system: You are a helpful assistant.
user:
Analyze the provided spectrum to determine if it is a **White Dwarf (WD)**.

A White Dwarf spectrum is defined by its **extreme purity** (due to gravitational settling) and/or **extreme pressure broadening** (due to high surface gravity). You must check for one of the following mutually exclusive signatures:

- **Key Visual Indicators (Check for ONE of these types):**

    - **1. DA-Type Signature (Most Common):**
        - **(Primary Feature):** Extreme pressure broadening (Stark broadening) of the **Hydrogen (H) Balmer lines**.
        - **(Key Lines):** $H\beta$ (approx. $4861$ Å) and $H\gamma$ (approx. $4340$ Å). $H\alpha$ (approx. $6563$ Å) will also be present if the wavelength range covers it.
        - **(Line Profile):** This is the **defining feature**. The lines are **NOT** sharp. They appear as massive, **extremely broad and deep "troughs" or "dips"** in the spectrum, often hundreds of Ångströms wide. The continuum will appear to "scoop" down at these wavelengths.
        - **(Distinction):** Normal A-type or B-type stars have *narrow* and *sharp* Hydrogen lines. A DA White Dwarf's lines are unmistakably "smeared" or "blurry" from pressure.

    - **2. DB-Type Signature:**
        - **(Primary Feature):** Broad absorption lines from **Neutral Helium (He I)**. The spectrum must lack any visible Hydrogen lines.
        - **(Key Lines):** Look for broad absorption near $4471$ Å, $4921$ Å, and $5876$ Å.
        - **(Line Profile):** These lines are also significantly pressure-broadened, appearing much wider than they would in a normal B-type main-sequence star.

    - **3. DC-Type Signature:**
        - **(Primary Feature):** A **featureless continuous spectrum**.
        - **(Line Profile):** The spectrum is a smooth curve with **no significant absorption or emission lines**.
        - **(Key Confirmation):** The continuum is almost always **blue or white**, indicating a hot object. This signature implies the atmosphere is so pure (or so cool) that no spectral lines are visible in the optical range. Its WD identity is confirmed by its extremely low intrinsic brightness (high absolute magnitude).

    - **4. DZ-Type Signature (Metal-Polluted):**
        - **(Primary Feature):** **Isolated, narrow metal absorption lines** on an otherwise featureless (DC-like) continuum.
        - **(Key Lines):** The **Calcium (Ca II) H & K doublet** (approx. **$3934$ Å** and **$3968$ Å**) is the most common and defining feature.
        - **(Line Profile):** These lines are "out of place." They are *not* part of a "forest" of thousands of lines. This signature is evidence of recent *accretion* (pollution) from rocky debris.
        - **(Distinction):** Normal G/K/M stars have a *dense forest* of thousands of metal lines. A DZ has a *clean* continuum with *only a few* strong metal lines.

    - **5. DQ-Type Signature (Carbon-Polluted):**
        - **(Primary Feature):** Absorption bands from **Carbon (C₂ "Swan Bands" or atomic C I)**.
        - **(Key Lines - C₂):** Look for bandheads with a "saw-tooth" shape near $5635$ Å, **$5165$ Å** (strongest), and $4737$ Å.
        - **(Key Confirmation):** The underlying **continuum must be blue or white** (hot).
        - **(Distinction):** This is the critical difference from a **Carbon Star**, which has the *exact same* C₂ bands but on an extremely **red, cool** continuum.

- **(Overall Spectrum):**
    - The continuum (overall shape) is typically **blue-sloping** (brighter in the blue than the red), as most white dwarfs are very hot.
    - The spectrum will look "pure" or "simple," dominated by only *one* of the five signatures listed above.

Think first, call **spectral_visualization_tool** if needed to examine features in detail, then provide your final answer. Your response must adhere to the following strict rules:
1.  **Overall Structure:** Your response must follow the format `<think>...</think> <tool_call>...</tool_call> (if a tool is used) <answer>...</answer>`.
2.  **Tool Usage Constraint:** You may only make **one** tool call per turn.
3.  **Final Answer Format:** In the `<answer>` tag, your conclusion must be inside a `\boxed{}` command (e.g., `\boxed{YES}` or `\boxed{NO}`), followed by your justification.

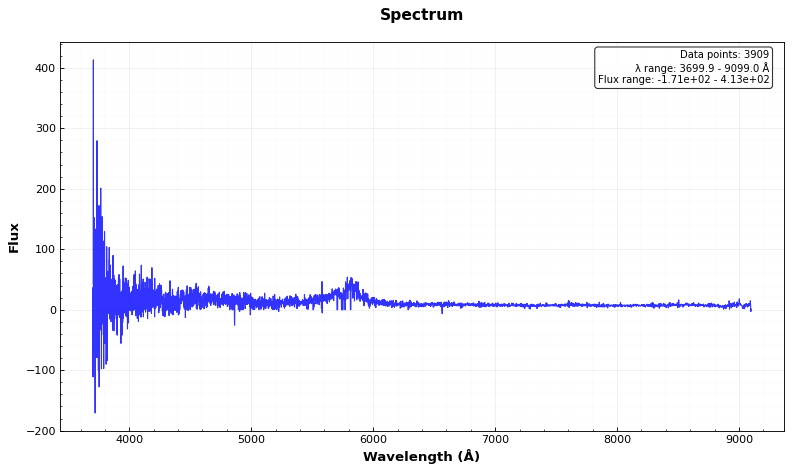
Answer: NO